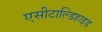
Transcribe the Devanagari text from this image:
एसीटाल्डिहाइड